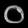
Digit: ၀